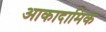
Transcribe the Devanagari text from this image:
आकादामिक